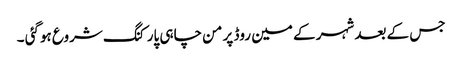
جس کے بعد شہر کے مین روڈ پر من چاہی پارکنگ شروع ہوگئی ۔